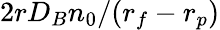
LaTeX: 2rD_{B}n_{0}/(r_{f}-r_{p})